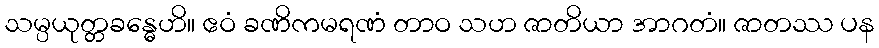
သမ္ပယုတ္တခန္ဓေဟိ။ ဧဝံ ခဏိကမရဏံ တာဝ သဟ ဇာတိယာ အာဂတံ။ ဇာတဿ ပန